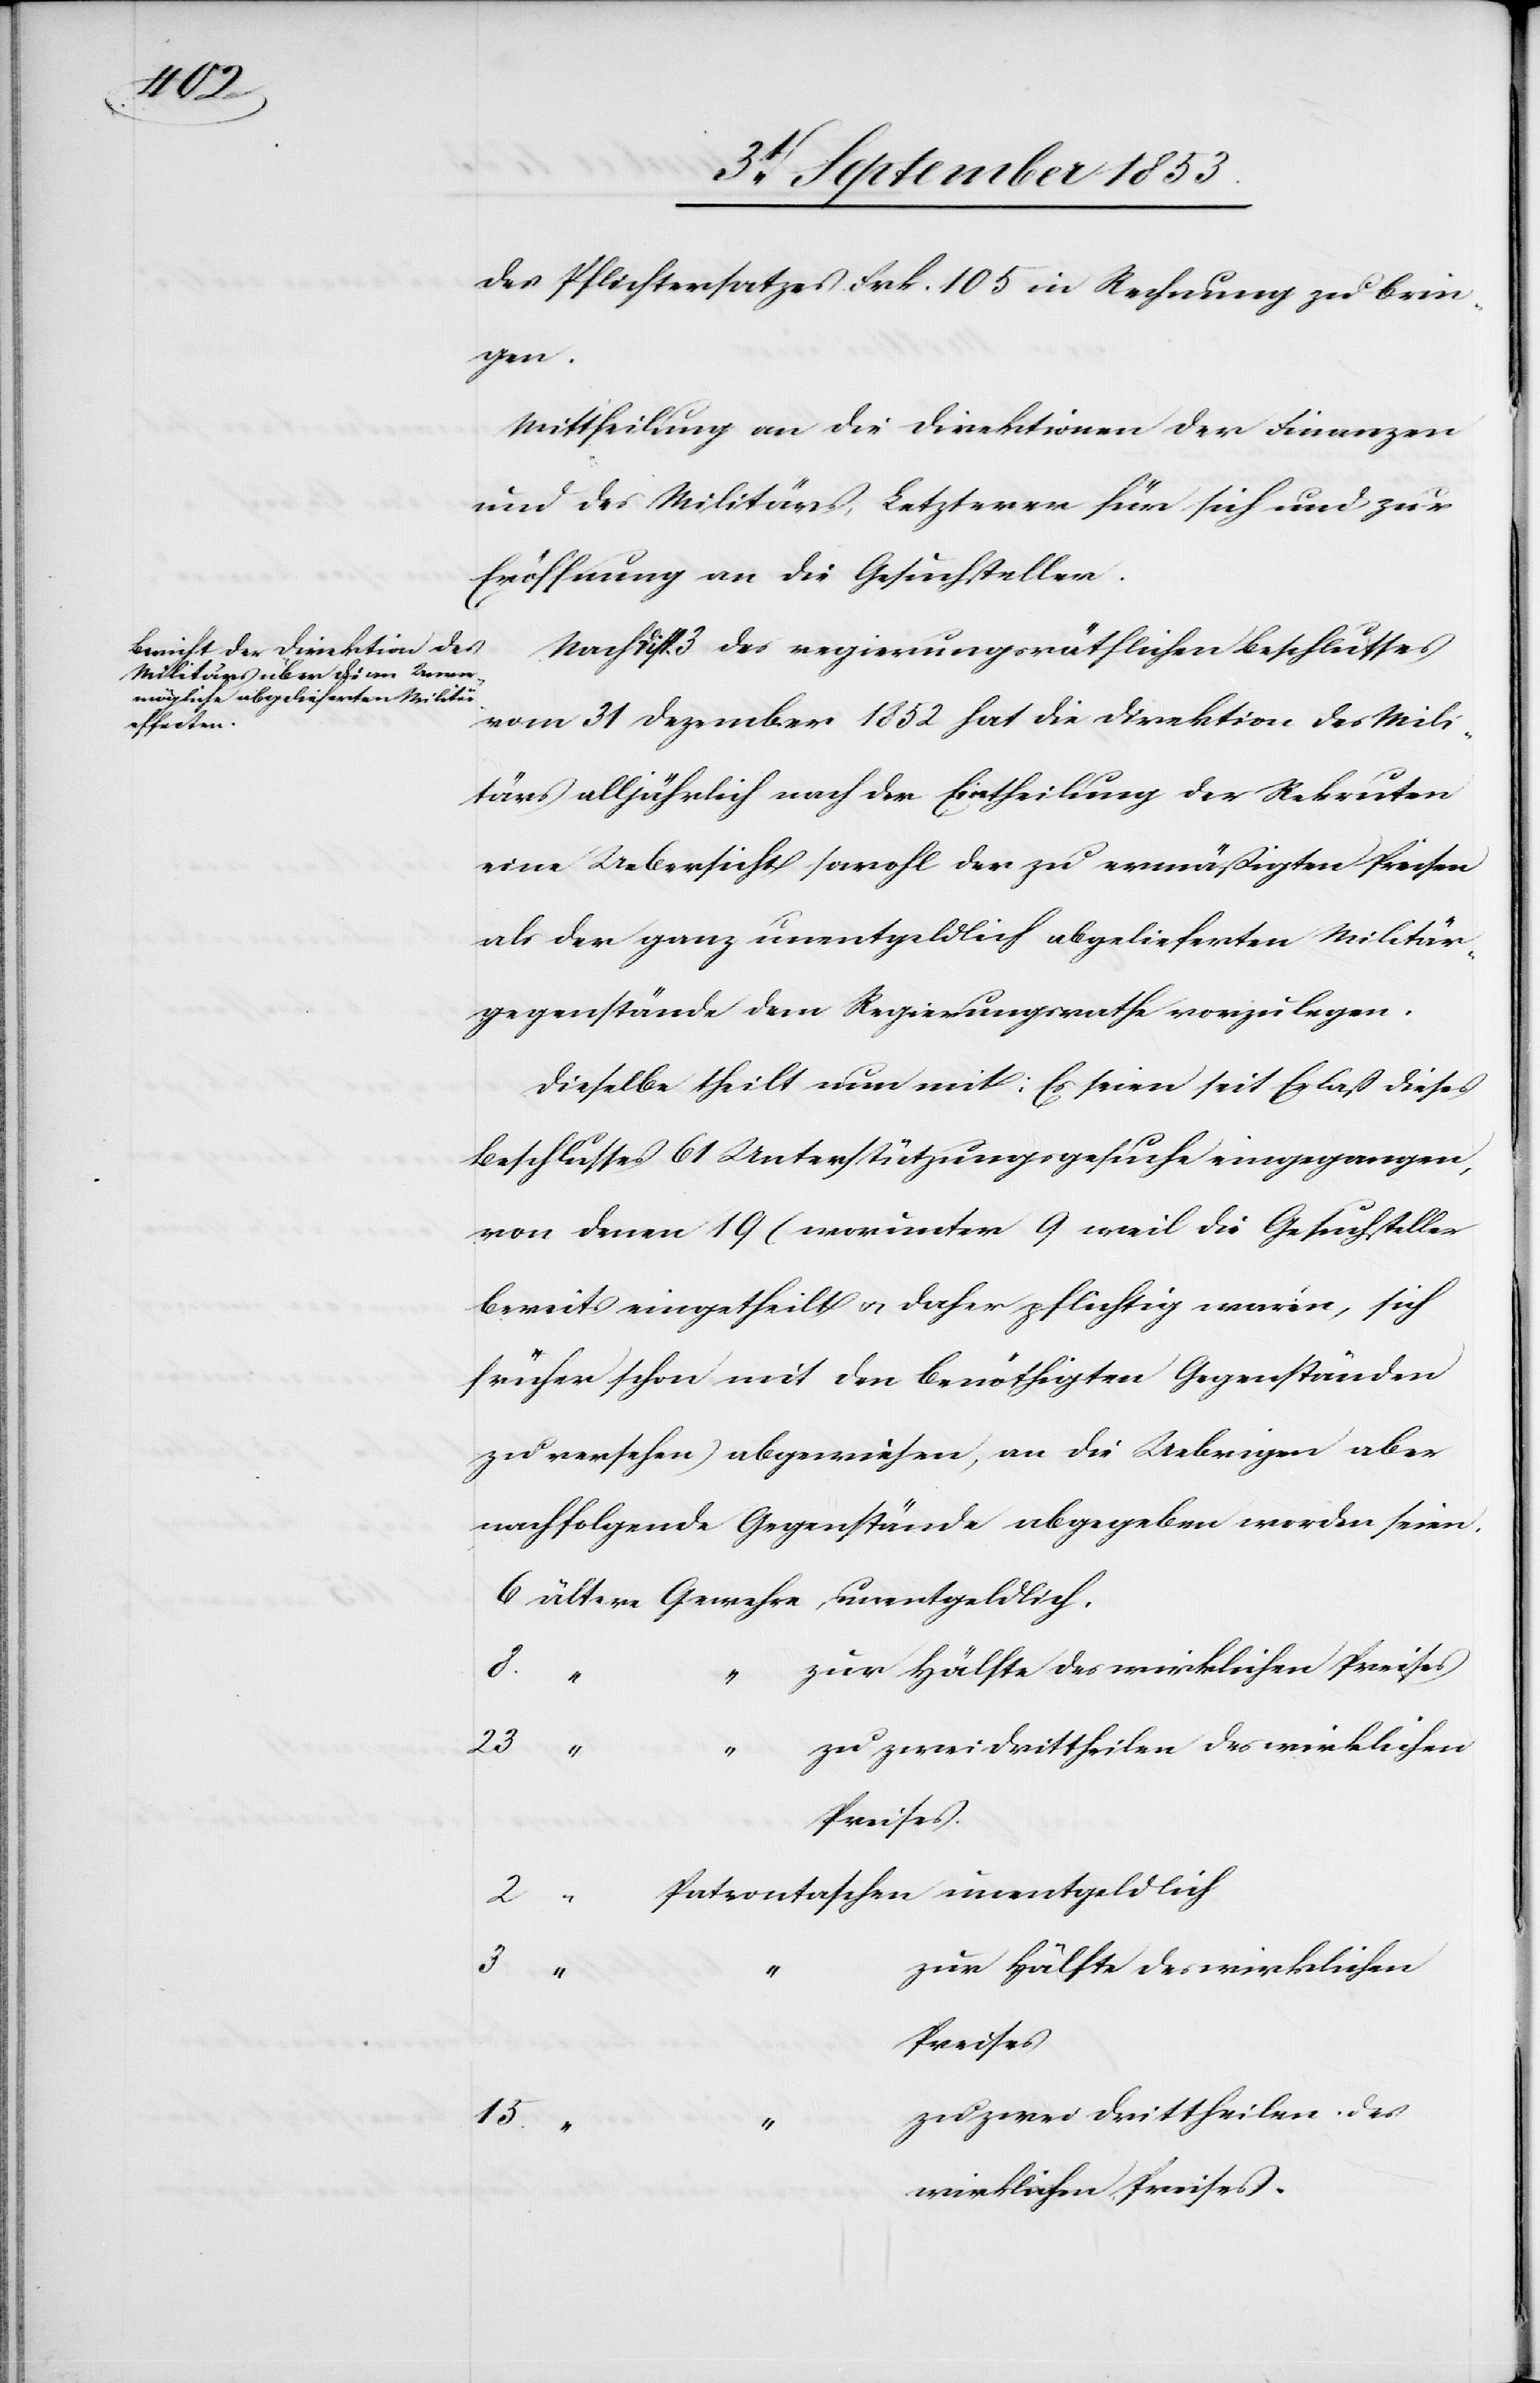
des Pflichtersatzes Frk. 105 in Rechnung zu brin¬
gen.
Mittheilung an die Direktionen der Finanzen
und des Militärs, Letzterer für sich und zur
Eröffnung an die Gesuchsteller.
Nach Disp. 3 des regierungsräthlichen Beschlusses
vom 31 Dezember 1852 hat die Direktion des Mili¬
tärs alljährlich nach der Eintheilung der Rekruten
eine Uebersicht sowohl der zu ermäßigten Preisen
als der ganz unentgeldlich abgelieferten Militär¬
gegenstände dem Regierungsrathe vorzulegen.
Dieselbe theilt nun mit: Es seien seit Erlaß dieses
Beschlusses 61 Unterstützungsgesuche eingegangen,
von denen 19 (worunter 9 weil die Gesuchsteller
bereits eingetheilt u. daher pflichtig waren, sich
früher schon mit den benöthigten Gegenständen
zu versehen) abgewiesen, an die Uebrigen aber
nachfolgende Gegenstände abgegeben worden seien.
6 ältere Gewehre unentgeldlich.
zur Hälfte des wirklichen Preises
3
des
zweidrittheilen des wirklichen
Preises.
2 “		Patrontaschen unentgeldlich
Preises.
15
wirklichen Preises.